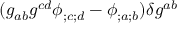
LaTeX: ( g _ { a b } g ^ { c d } \phi _ { ; c ; d } - \phi _ { ; a ; b } ) \delta g ^ { a b }